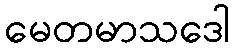
မေတမာသဒေါ